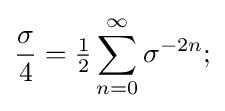
{\frac {\sigma }{4}}={\tfrac {1}{2}}\sum _{n=0}^{\infty }\sigma ^{-2n};